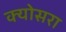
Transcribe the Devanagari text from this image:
क्योसरा